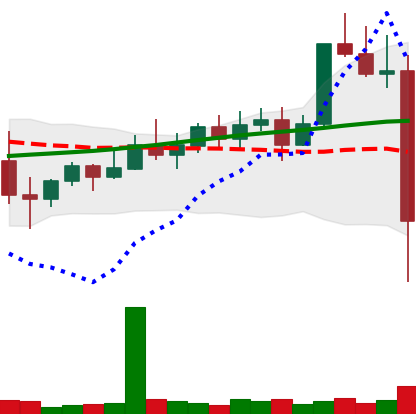
Ticker: XMR-USD
Chart end date: 2022-11-08
Forward return: -7.792%
Label: down_7plus